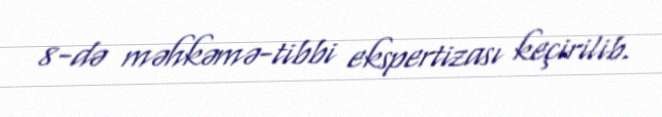
8-də məhkəmə-tibbi ekspertizası keçirilib.